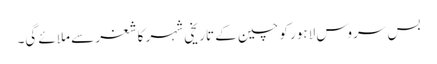
بس سروس لاہور کو چین کے تاریخی شہر کاشغر سے ملائے گی۔